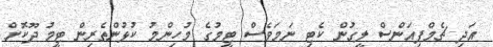
އަދި ޗެމްޕިއަންސް ލީގުން ކެޓި ނަމަވެސް ޓީމުގެ މުހިންމު ކުޅުންތެރިން ޓީމު ދޫކޮށް